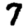
Digit: 7